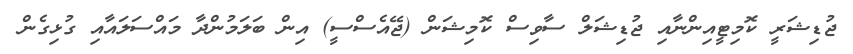
ޖުޑިޝަރީ ކޮމިޓީއިންނާއި ޖުޑިޝަލް ސާވިސް ކޮމިޝަން (ޖޭއެސްސީ) އިން ބަލަމުންދާ މައްސަލައާއި ގުޅިގެން